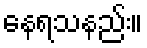
နေရသနည်း။